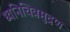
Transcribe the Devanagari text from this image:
ध्वनिचित्रमुद्रण